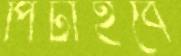
পিটাইবে